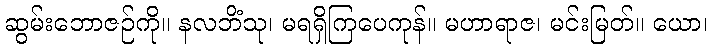
ဆွမ်းဘောဇဉ်ကို။ နလဘိံသု၊ မရရှိကြပေကုန်။ မဟာရာဇ၊ မင်းမြတ်။ ယော၊